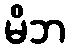
မိဘ